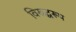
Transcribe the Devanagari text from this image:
विरुद्धरूप